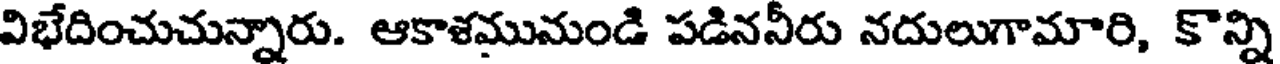
విభేదించుచున్నారు. ఆకాశమునుండి పడిననీరు నదులుగామారి, కొన్ని